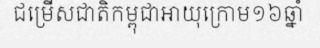
ជម្រើសជាតិកម្ពុជាអាយុក្រោម១៦ឆ្នាំ